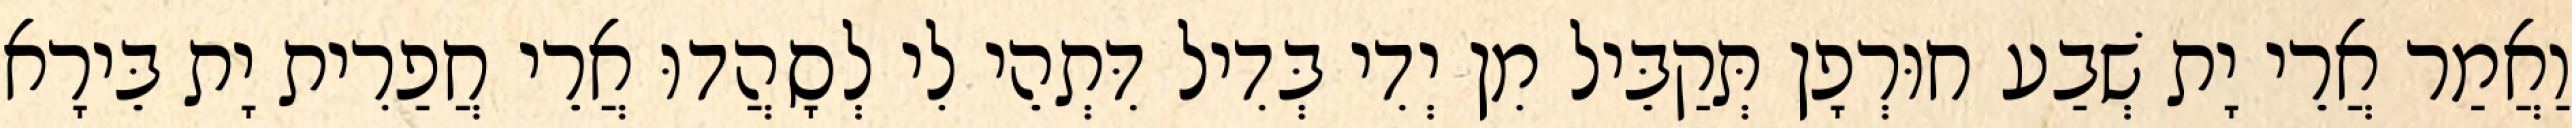
וַאֲמַר אֲרֵי יָת שְׁבַע חוּרְפָן תְּקַבֵּיל מִן יְדִי בְּדִיל דִּתְהֵי לִי לְסָהֲדוּ אֲרֵי חֲפַרִית יָת בֵּירָא